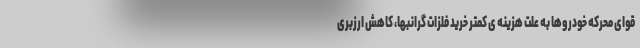
قوای محرکه خودروها به علت هزینه ی کمتر خرید فلزات گرانبها، کاهش ارزبری